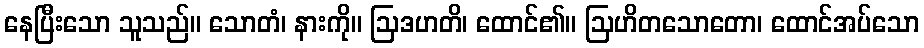
နေပြီးသော သူသည်။ သောတံ၊ နားကို။ ဩဒဟတိ၊ ထောင်၏။ ဩဟိတသောတော၊ ထောင်အပ်သော